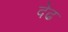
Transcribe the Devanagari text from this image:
देढ